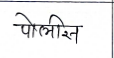
मजकूर: पोलीस